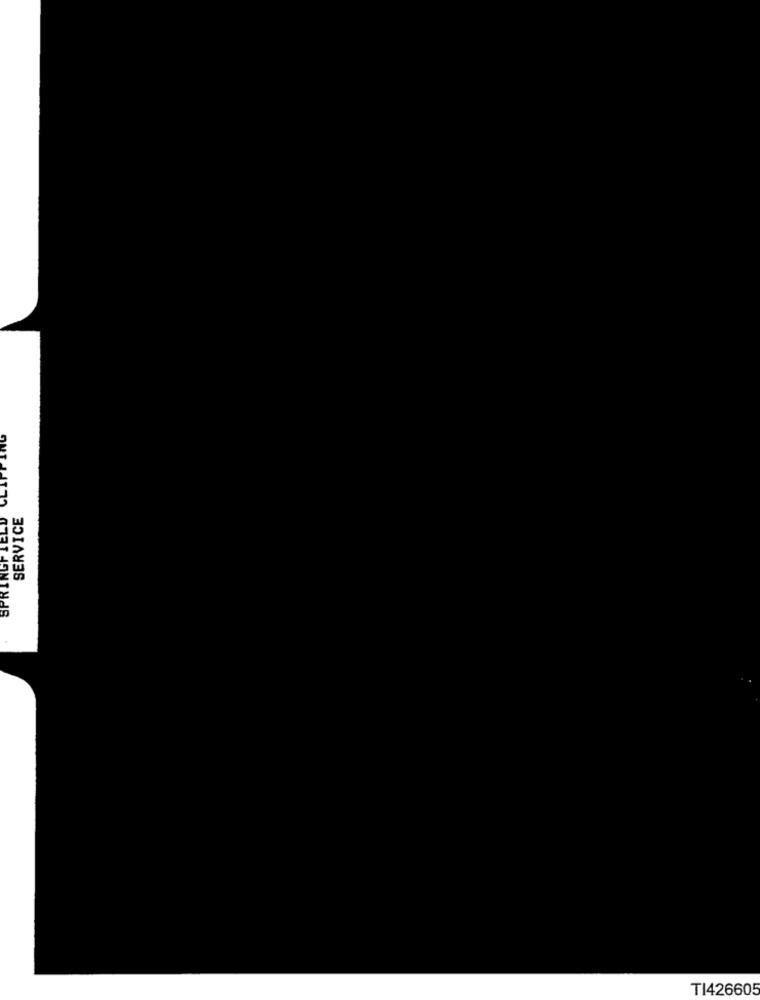
SPRINGFIELD
SERVICE
TI426605